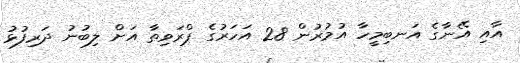
އާއި އޭނާގެ އަނބިމީހާ އުމުރުން 28 އަހަރުގެ ޕްރަވިތާ އަށް ލިބުނު ދަރިފުޅު